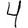
Digit: 4